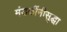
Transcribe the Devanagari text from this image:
मंडळींनीसुद्धा